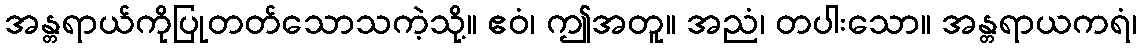
အန္တရာယ်ကိုပြုတတ်သောသကဲ့သို့။ ဧဝံ၊ ဤအတူ။ အညံ၊ တပါးသော။ အန္တရာယကရံ၊